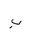
Letter: _ba